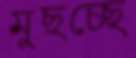
মুছচ্ছে